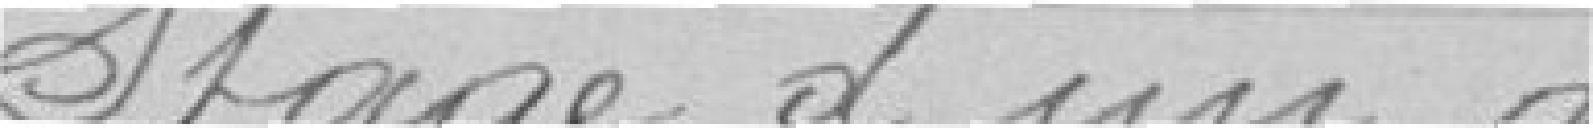
Stage d'un an